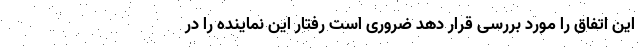
این اتفاق را مورد بررسی قرار دهد ضروری است رفتار این نماینده را در